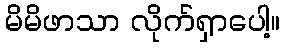
မိမိဖာသာ လိုက်ရှာပေါ့။